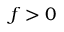
f > 0